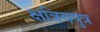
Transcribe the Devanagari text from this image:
क्षत्रियपुत्र